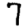
Digit: 7